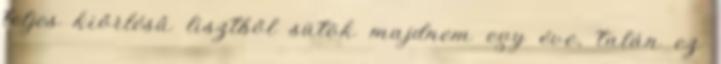
teljes kiőrlésű lisztből sütök majdnem egy éve, talán ez